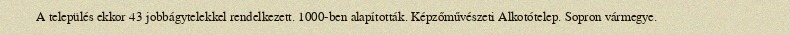
A település ekkor 43 jobbágytelekkel rendelkezett. 1000-ben alapították. Képzőművészeti Alkotótelep. Sopron vármegye.